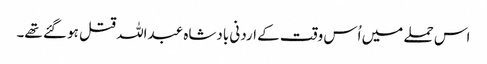
اس حملے میں اُس وقت کے اردنی بادشاہ عبداللہ قتل ہو گئے تھے۔